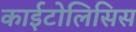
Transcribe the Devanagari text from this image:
काईटोलिसिस